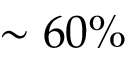
\sim 6 0 \%